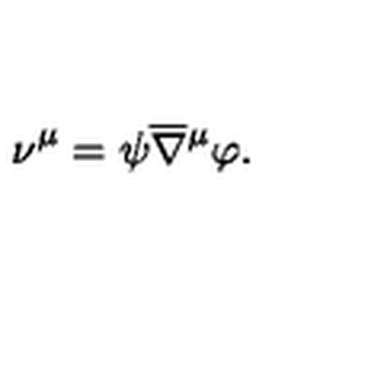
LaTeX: \nu ^ { \mu } = \psi \overline { \nabla } { ^ \mu } \varphi .